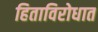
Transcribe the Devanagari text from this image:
हिताविरोधात